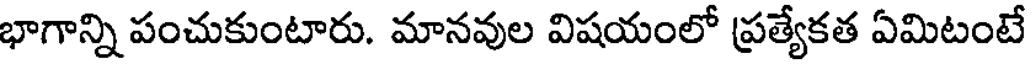
భాగాన్ని పంచుకుంటారు. మానవుల విషయంలో ప్రత్యేకత ఏమిటంటే